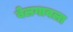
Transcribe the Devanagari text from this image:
बेलगावला